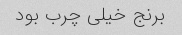
برنج خیلی چرب بود